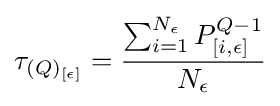
\tau _{(Q)_{[\epsilon ]}}={\frac {\sum _{i=1}^{N_{\epsilon }}{P_{[i,\epsilon ]}^{Q-1}}}{N_{\epsilon }}}